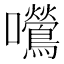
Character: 𫬿